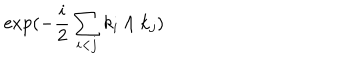
LaTeX: \exp ( - \frac { i } { 2 } \sum _ { i < j } k _ { i } \wedge k _ { j } )